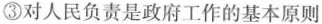
③对人民负责是政府工作的基本原则